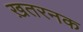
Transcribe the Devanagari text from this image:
ख़तरनक